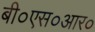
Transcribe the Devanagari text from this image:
बी०एस०आर०